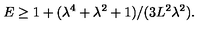
E \geq 1 + ( \lambda ^ { 4 } + \lambda ^ { 2 } + 1 ) / ( 3 L ^ { 2 } \lambda ^ { 2 } ) .